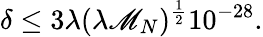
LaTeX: \delta\leq3\lambda(\lambda\mathscr{M}_{N})^{\frac{{1}}{{2}}}10^{-28}.